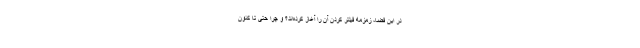
در این فضا، زمزمه فیلتر کردن آن را آغاز کرده‌اند؟ و چرا حتی تا کنون